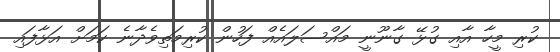
ކުރި މީހާ އާއި ގުޅޭ ގާނޫނީ މައްސަލައެއް ފަހުން ކުރިމަތިވެދާނެ ކަމަށް އަޅާފައި